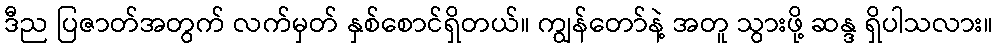
ဒီည ပြဇာတ်အတွက် လက်မှတ် နှစ်စောင်ရှိတယ်။ ကျွန်တော်နဲ့ အတူ သွားဖို့ ဆန္ဒ ရှိပါသလား။